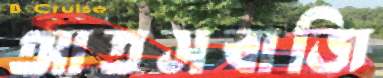
আতসবাজি